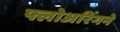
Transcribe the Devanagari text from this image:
फ्लोअरिंगने